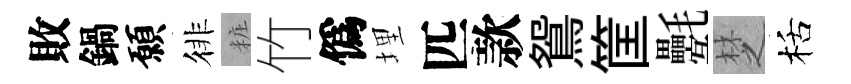
敗鍋願徘粧竹僞埋匹款鴛筐氎椘栝